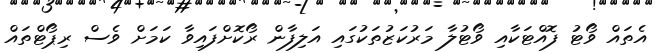
އެތައް ވޯޓު ފޮއްޓަކާއި ވޯޓުލާ މަރުކަޒުތަކުގައި އަލިފާން ރޯކޮށްފައިވާ ކަމަށް ވެސް ރިޕޯޓްތައް